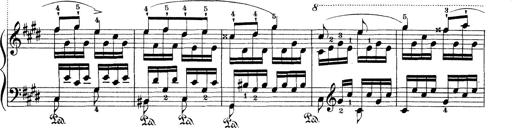
Title: Le rossignol
Composer: Franz Liszt